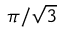
\pi / { \sqrt { 3 } }